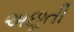
અછૂતી